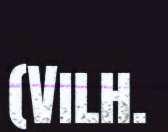
(Vilh.